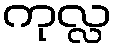
ကုလ္လ